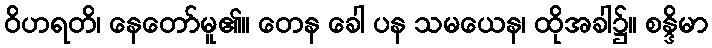
ဝိဟရတိ၊ နေတော်မူ၏။ တေန ခေါ ပန သမယေန၊ ထိုအခါ၌။ စန္ဒိမာ